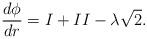
LaTeX: \begin{align*}\frac{d\phi}{dr} = I + II - \lambda \sqrt{2}.\end{align*}